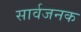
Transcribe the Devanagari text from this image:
सार्वजनक